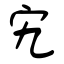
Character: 宄